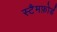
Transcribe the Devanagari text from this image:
स्टैमफ़ोर्ड